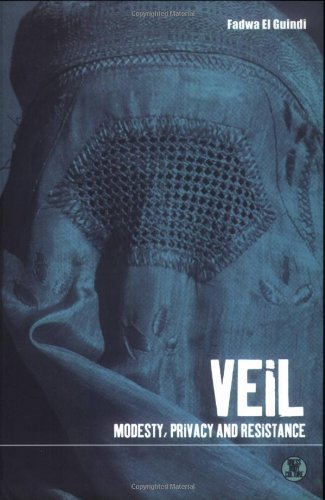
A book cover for Veil: Modesty, Privacy and Resistance (Dress, Body, Culture); Fadwa El Guindi; Religion & Spirituality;